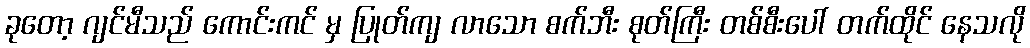
ခုတော့ ဂျင်မီသည် ကောင်းကင် မှ ပြုတ်ကျ လာသော စက်ဘီး စုတ်ကြီး တစ်စီးပေါ် တက်ထိုင် နေသလို